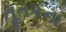
તૂતકના